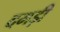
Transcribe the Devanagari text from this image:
दमड़ी